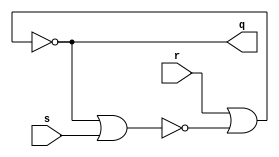
`timescale 1ns / 1ps

//   RS- 
//   -

module rs_latch_nor(
    input r, s,
    output reg q);

initial q = 0;

always @*
    q = ~(r | ~(q | s));

endmodule